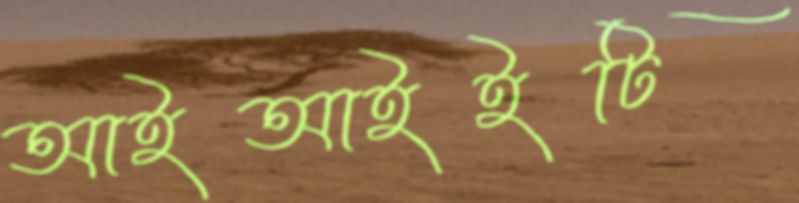
আইআইইটি